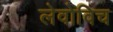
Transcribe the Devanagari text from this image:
लेवोविच